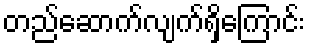
တည်ဆောက်လျက်ရှိကြောင်း